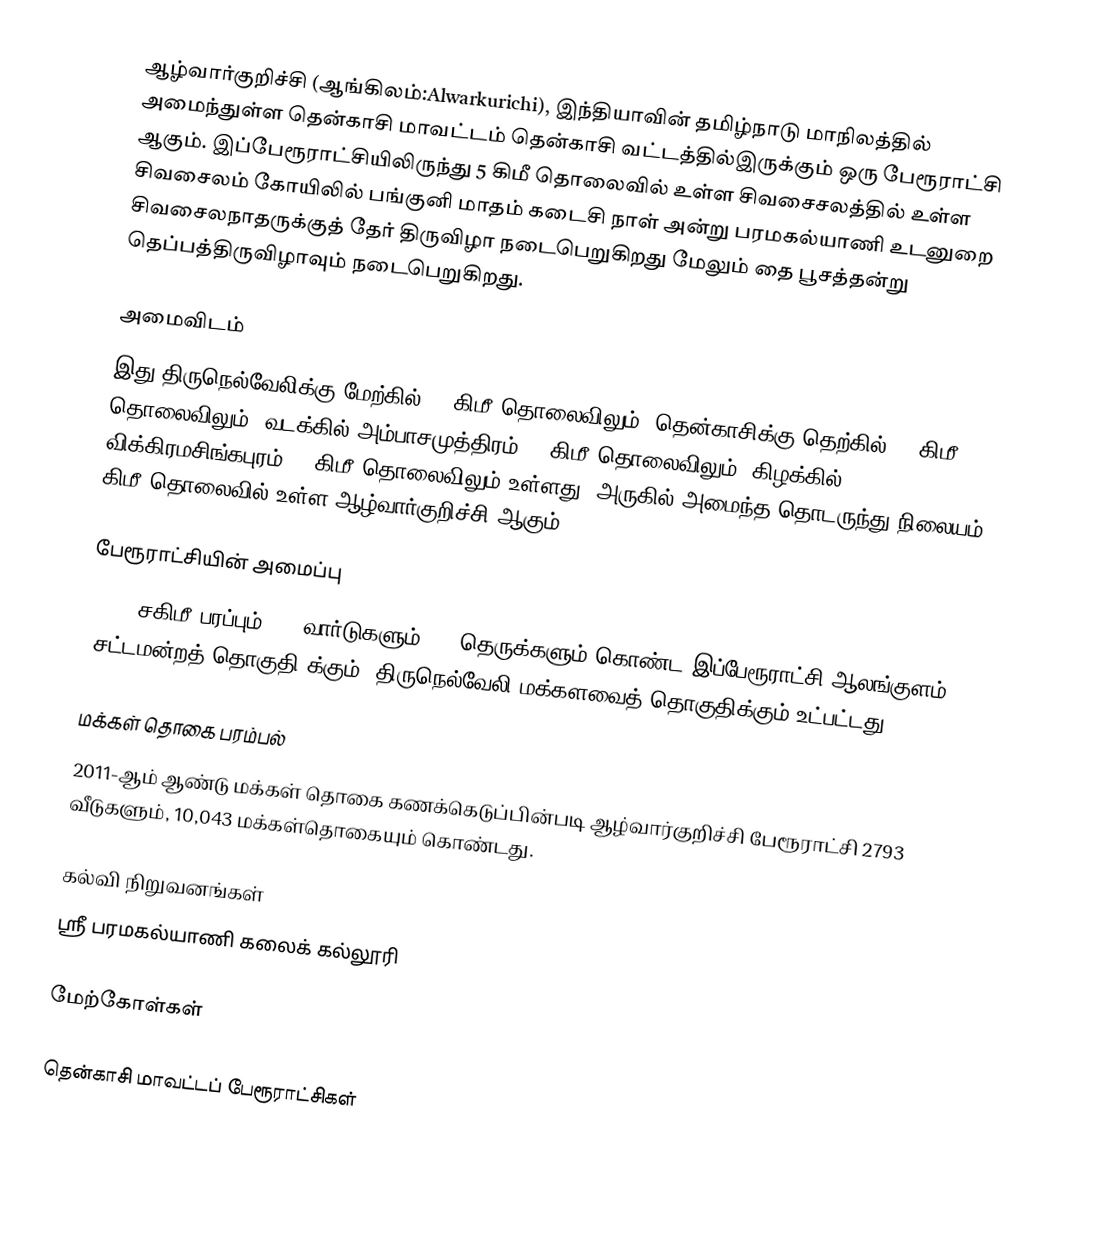
ஆழ்வார்குறிச்சி (ஆங்கிலம்:Alwarkurichi), இந்தியாவின் தமிழ்நாடு மாநிலத்தில் அமைந்துள்ள தென்காசி மாவட்டம் தென்காசி வட்டத்தில்இருக்கும் ஒரு பேரூராட்சி ஆகும். இப்பேரூராட்சியிலிருந்து 5 கிமீ தொலைவில் உள்ள சிவசைசலத்தில் உள்ள சிவசைலம் கோயிலில்   பங்குனி மாதம் கடைசி நாள் அன்று பரமகல்யாணி உடனுறை சிவசைலநாதருக்குத் தேர் திருவிழா நடைபெறுகிறது மேலும் தை பூசத்தன்று தெப்பத்திருவிழாவும் நடைபெறுகிறது.

அமைவிடம்
இது திருநெல்வேலிக்கு மேற்கில் 58 கிமீ  தொலைவிலும், தென்காசிக்கு தெற்கில் 23 கிமீ தொலைவிலும், வடக்கில் அம்பாசமுத்திரம் 12 கிமீ தொலைவிலும், கிழக்கில்  விக்கிரமசிங்கபுரம் 10 கிமீ தொலைவிலும்  உள்ளது. அருகில் அமைந்த தொடருந்து நிலையம் 2 கிமீ தொலைவில் உள்ள ஆழ்வார்குறிச்சி ஆகும்.

பேரூராட்சியின் அமைப்பு
14.05 சகிமீ பரப்பும், 15 வார்டுகளும், 77 தெருக்களும் கொண்ட இப்பேரூராட்சி  ஆலங்குளம் (சட்டமன்றத் தொகுதி)க்கும், திருநெல்வேலி மக்களவைத் தொகுதிக்கும் உட்பட்டது.

மக்கள் தொகை பரம்பல்
2011-ஆம் ஆண்டு மக்கள் தொகை கணக்கெடுப்பின்படி ஆழ்வார்குறிச்சி பேரூராட்சி        2793 வீடுகளும், 10,043 மக்கள்தொகையும்  கொண்டது.

கல்வி நிறுவனங்கள்
ஸ்ரீ பரமகல்யாணி கலைக் கல்லூரி

மேற்கோள்கள்

 தென்காசி மாவட்டப் பேரூராட்சிகள்